Indian journal of veterinary science and animal husbandry - Volumes 15-17, 1948-1951
Year: 1948
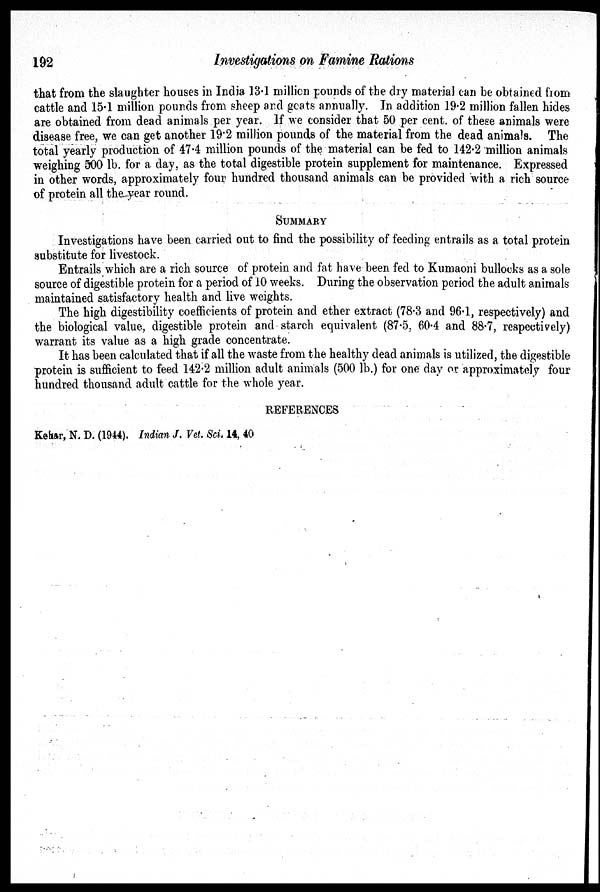
192
Investigations on Famine Rations
that from the slaughter houses in India 13.1 million pounds of the dry material can be obtained from
cattle and 15.1 million pounds from sheep and goats annually. In addition 19.2 million fallen hides
are obtained from dead animals per year. If we consider that 50 per cent. of these animals were
disease free, we can get another 19.2 million pounds of the material from the dead animals. The
total yearly production of 47.4 million pounds of the material can be fed to 142.2 million animals
weighing 500 lb. for a day, as the total digestible protein supplement for maintenance. Expressed
in other words, approximately four hundred thousand animals can be provided with a rich source
of protein all the year round.
SUMMARY
Investigations have been carried out to find the possibility of feeding entrails as a total protein
substitute for livestock.
Entrails which are a rich source of protein and fat have been fed to Kumaoni bullocks as a sole
source of digestible protein for a period of 10 weeks. During the observation period the adult animals
maintained satisfactory health and live weights.
The high digestibility coefficients of protein and ether extract (78.3 and 96.1, respectively) and
the biological value, digestible protein and starch equivalent (87.5, 60.4 and 88.7, respectively)
warrant its value as a high grade concentrate.
It has been calculated that if all the waste from the healthy dead animals is utilized, the digestible
protein is sufficient to feed 142.2 million adult animals (500 lb.) for one day or approximately four
hundred thousand adult cattle for the whole year.
REFERENCES
Kehar, N. D. (1944). Indian J. Vet. Sci. 14, 40